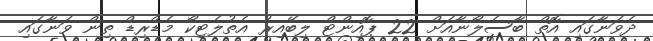
ދެވަނާގައި އޮތް ބާސެލޯނާއަށް 22 ޕޮއިންޓް ލިބޭއިރު އެތުލެޓިކޯ މެޑްރިޑް ތިން ވަނާގައި